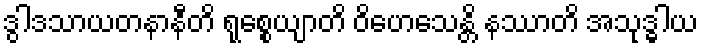
ဒွါဒသာယတနာနီတိ ရုစ္စေယျာတိ ဝိဟေသေန္တိ နဿာတိ အသုဒ္ဓါယ